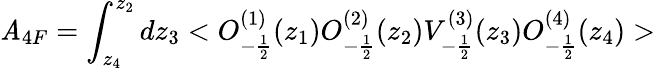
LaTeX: \mathit{A}_{4F}=\int_{z_{4}}^{z_{2}}dz_{3}<O_{-\frac{{1}}{{2}}}^{(1)}(z_{1})O_{-\frac{{1}}{{2}}}^{(2)}(z_{2})V_{-\frac{{1}}{{2}}}^{(3)}(z_{3})O_{-\frac{{1}}{{2}}}^{(4)}(z_{4})>